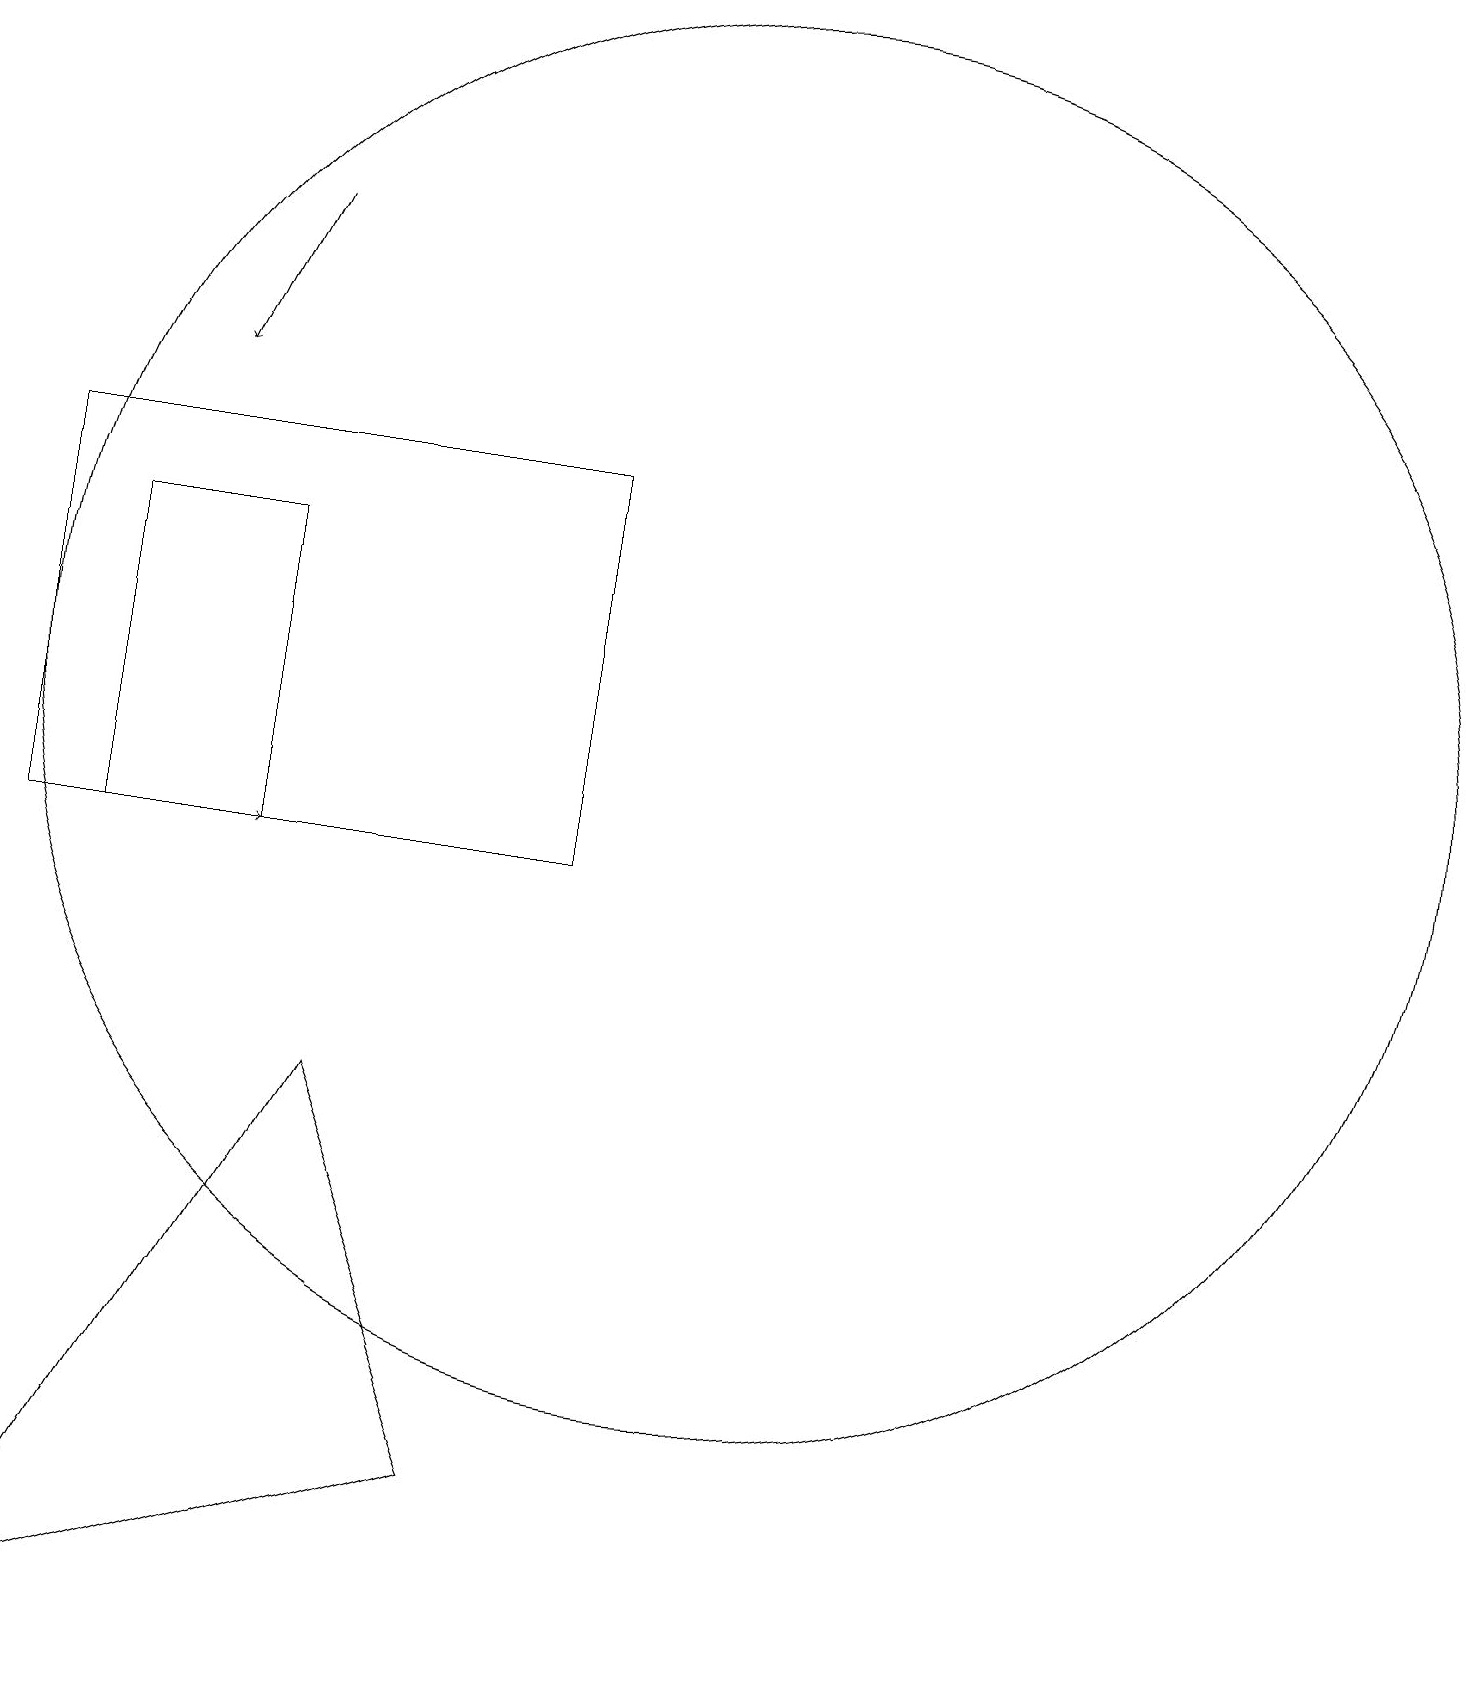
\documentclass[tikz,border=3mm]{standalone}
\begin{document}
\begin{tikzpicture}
\draw[->] (3,10) -- (4,10);
\draw (8,10) rectangle (1,15);
\draw (10,11) circle (0);
\draw (4,14) rectangle (2,10);
\draw (7,2) -- (5,7) -- (1,0) -- cycle;
\draw (10,12) circle (9);
\draw[->] (4,18) -- (3,16);
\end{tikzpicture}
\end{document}